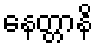
နေတ္တာနိ